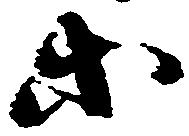
等